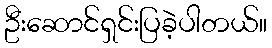
ဦးဆောင်ရှင်းပြခဲ့ပါတယ်။